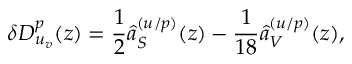
\delta D _ { u _ { v } } ^ { p } ( z ) = \frac { 1 } { 2 } \hat { a } _ { S } ^ { ( u / p ) } ( z ) - \frac { 1 } { 1 8 } \hat { a } _ { V } ^ { ( u / p ) } ( z ) ,